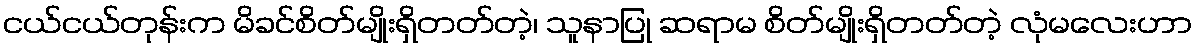
ငယ်ငယ်တုန်းက မိခင်စိတ်မျိုးရှိတတ်တဲ့၊ သူနာပြု ဆရာမ စိတ်မျိုးရှိတတ်တဲ့ လုံမလေးဟာ